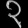
Digit: ၃